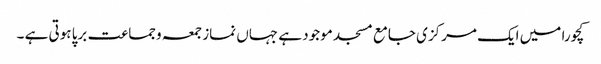
کچورا میں ایک مرکزی جامع مسجد موجود ہے جہاں نماز جمعہ وجماعت برپا ہوتی ہے ۔